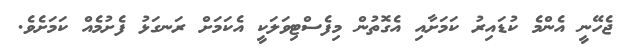
ޖެހޭނީ އެންމެ ކުޑައިރު ކަމަށާއި އެގޮތުން މިފެސްޓިވަލަކީ އެކަމަށް ރަނގަޅު ފެށުމެއް ކަމަށެވެ.